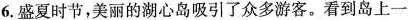
6. 盛夏时节，美丽的湖心岛吸引了众多游客。看到岛上一